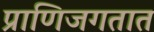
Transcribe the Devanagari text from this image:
प्राणिजगतात